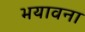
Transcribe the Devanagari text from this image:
भयावना